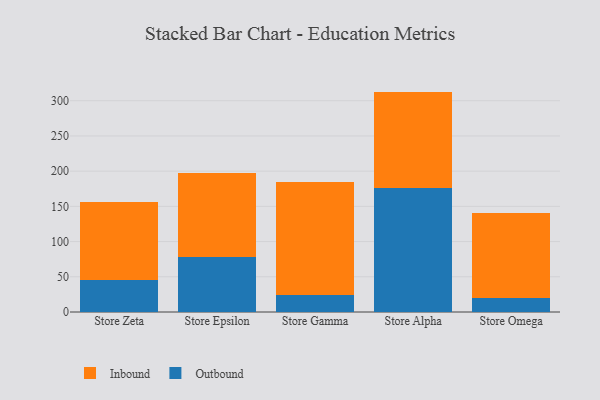
{"axis": {"x": "Store", "y": "Energy Usage (MWh)"}, "legend": ["Inbound", "Outbound"], "data": [{"x": "Store Zeta", "y": 45.1, "type": "Outbound"}, {"x": "Store Zeta", "y": 110.9, "type": "Inbound"}, {"x": "Store Epsilon", "y": 78.3, "type": "Outbound"}, {"x": "Store Epsilon", "y": 119.3, "type": "Inbound"}, {"x": "Store Gamma", "y": 23.7, "type": "Outbound"}, {"x": "Store Gamma", "y": 160.8, "type": "Inbound"}, {"x": "Store Alpha", "y": 176.7, "type": "Outbound"}, {"x": "Store Alpha", "y": 136.3, "type": "Inbound"}, {"x": "Store Omega", "y": 20.2, "type": "Outbound"}, {"x": "Store Omega", "y": 120.8, "type": "Inbound"}]}